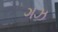
ગઝ